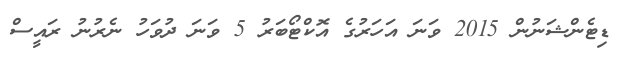
ޑިޓެންޝަނުން 2015 ވަނަ އަހަރުގެ އޮކްޓޯބަރު 5 ވަނަ ދުވަހު ނެރުނު ރައީސް